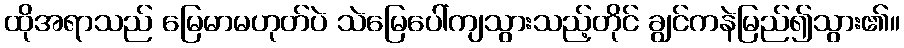
ထိုအရာသည် မြေမာမဟုတ်ပဲ သဲမြေပေါ်ကျသွားသည့်တိုင် ချွင်ကနဲမြည်၍သွား၏။